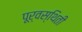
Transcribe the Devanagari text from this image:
पूर्वस्थिती